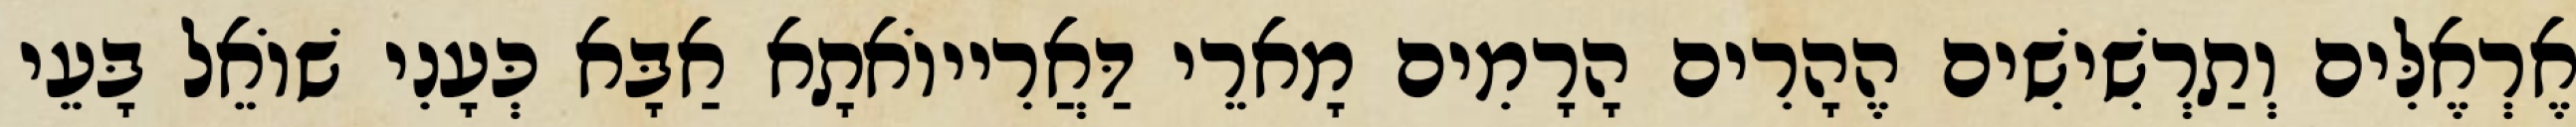
אֶרְאֶלִּים וְתַרְשִׁישִׁים הֶהָרִים הָרָמִים מָארֵי דַּאֲרִייוֹאתָא אַבָּא כְּעָנִי שׁוֹאֵל בָּעֵי